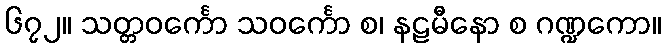
၆၇၂။ သတ္တဝင်္ကော သဝင်္ကော စ၊ နဠမီနော စ ဂဏ္ဍကော။